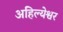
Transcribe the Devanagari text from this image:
अहिल्येश्वर